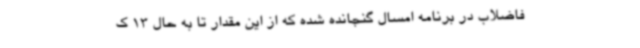
فاضلاب در برنامه امسال گنجانده شده که از این مقدار تا به حال 13 ک